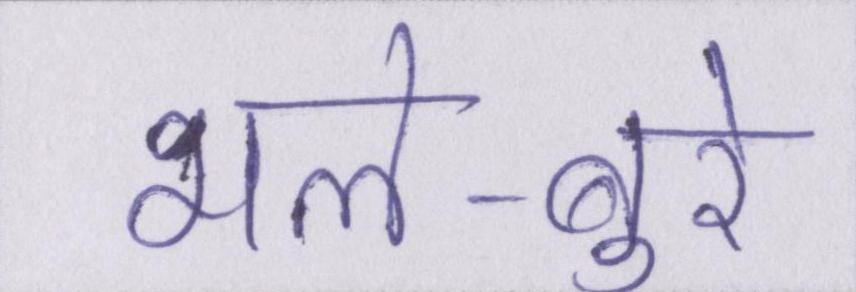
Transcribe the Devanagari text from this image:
भले-बुरे